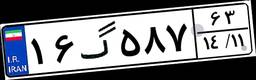
۴۲گ۶۳۰۷۰